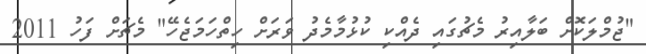
"ޖުމްލަކޮށް ބަލާއިރު މެޗުގައި ދެއްކި ކުޅުމާމެދު ވަރަށް ހިތްހަމަޖެހޭ" މެޗަށް ފަހު 2011